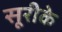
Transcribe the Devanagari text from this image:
सूरीके